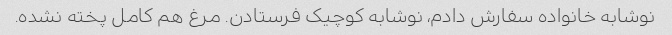
نوشابه خانواده سفارش دادم، نوشابه کوچیک فرستادن. مرغ هم کامل پخته نشده‌.